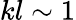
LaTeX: kl\sim 1